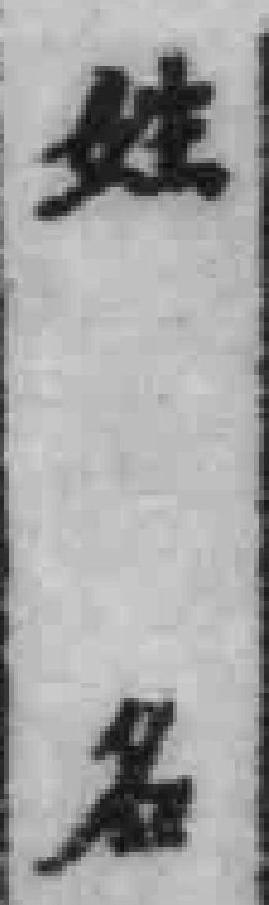
姓名